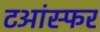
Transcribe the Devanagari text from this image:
टआंस्फर